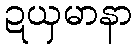
ဍယှမာနာ